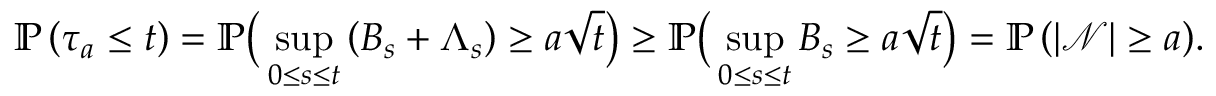
\mathbb { P } \left( \tau _ { a } \le t \right) = \mathbb { P } \big ( \operatorname* { s u p } _ { 0 \le s \le t } \left( B _ { s } + \Lambda _ { s } \right) \ge a \sqrt { t } \big ) \ge \mathbb { P } \big ( \operatorname* { s u p } _ { 0 \le s \le t } B _ { s } \ge a \sqrt { t } \big ) = \mathbb { P } \left( \left| \mathcal { N } \right| \ge a \right) \! .